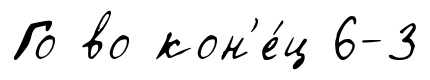
Го во кон'е́ц 6-3